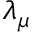
\lambda _ { \mu }